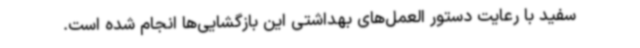
سفید با رعایت دستور العمل‌های بهداشتی این بازگشایی‌ها انجام شده است.